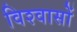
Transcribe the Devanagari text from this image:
विश्‍वासों